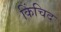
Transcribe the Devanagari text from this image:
किंचिद